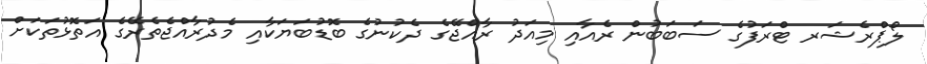
ލޯޕްރެޝަރ ޓްރަފުގެ ސަބަބުން ރެއާއި މިއަދު ރާއްޖޭގެ ދެކުނުގެ ބޮޑުބަޔަކާއި މެދުރާއްޖެތެރޭގެ އަތޮޅުތަކަށް